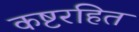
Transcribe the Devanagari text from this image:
कष्टरहित